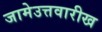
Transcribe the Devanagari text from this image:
जामेउत्तवारीख